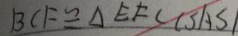
B C F \cong \Delta E F C ( S A S )